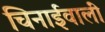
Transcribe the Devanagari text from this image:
चिनाईवालीं